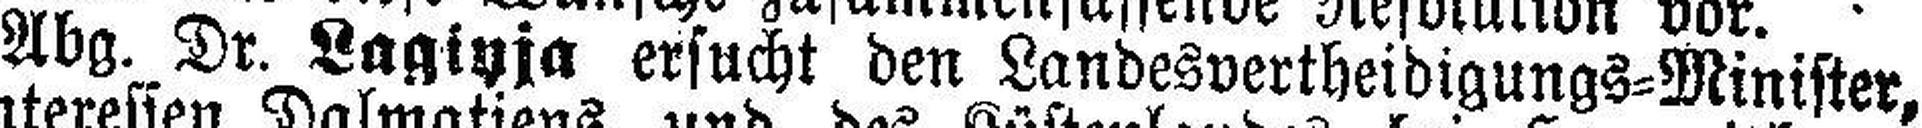
Abg. Dr. Lagiyja ersucht den Landesvertheidigungs=Minister,